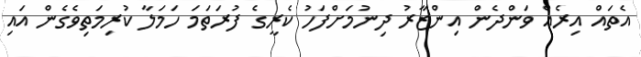
އެތައް އިރެއް ވަންދެން އިންޒާރު ދިނުމަށްފަހު ކެރީގެ ފުރަތަމަ ހަމަލާ ކުރިމަތިވެގެން އައި